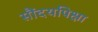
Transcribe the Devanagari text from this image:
सौंदर्यापेक्षा